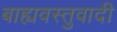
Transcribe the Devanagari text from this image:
बाह्यवस्तुवादी